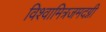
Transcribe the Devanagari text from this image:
विश्वामित्रजमदग्नी